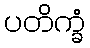
ပတိက္ခံ